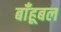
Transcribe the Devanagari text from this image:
बाँहूबल